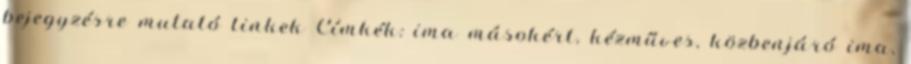
bejegyzésre mutató linkek Címkék: ima másokért, kézműves, közbenjáró ima,